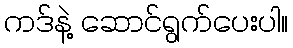
ကဒ်နဲ့ ဆောင်ရွက်ပေးပါ။